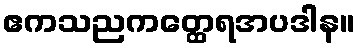
ဧကသညကတ္ထေရအပဒါန။